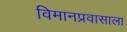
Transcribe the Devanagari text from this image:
विमानप्रवासाला